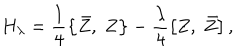
H _ { \lambda } = \frac 1 4 \left\{ \bar { Z } , \; Z \right\} - \frac \lambda 4 \left[ Z , \; \bar { Z } \right] ,